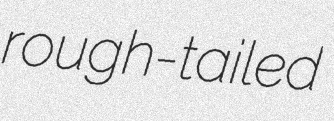
rough-tailed